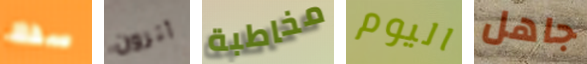
سفك أترون مخاطبة اليوم جاهل